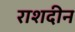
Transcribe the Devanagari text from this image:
राशदीन